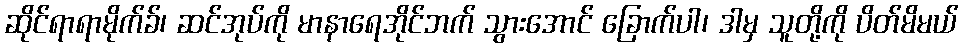
ဆိုင်ရာရာမိုက်ခ်၊ ဆင်အုပ်ကို မာနာရေအိုင်ဘက် သွားအောင် ခြောက်ပါ၊ ဒါမှ သူတို့ကို ပိတ်မိမယ်